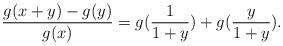
LaTeX: \begin{align*}\frac{g(x+y)-g(y)}{g(x)}=g(\frac{1}{1+y})+g(\frac{y}{1+y}).\end{align*}